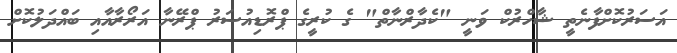
އަސަރުކޮށްފާނެތީ ޝާހްރުކް ވަނީ "ކެދާރްނާތް" ގެ ކުރީގެ ޕްރޮޑިއުސަރު ޕްރޭނާ އަރޯރާއާއި ބައްދަލުކޮށް